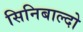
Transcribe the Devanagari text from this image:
सिनिबाल्दो